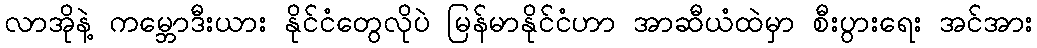
လာအိုနဲ့ ကမ္ဘောဒီးယား နိုင်ငံတွေလိုပဲ မြန်မာနိုင်ငံဟာ အာဆီယံထဲမှာ စီးပွားရေး အင်အား